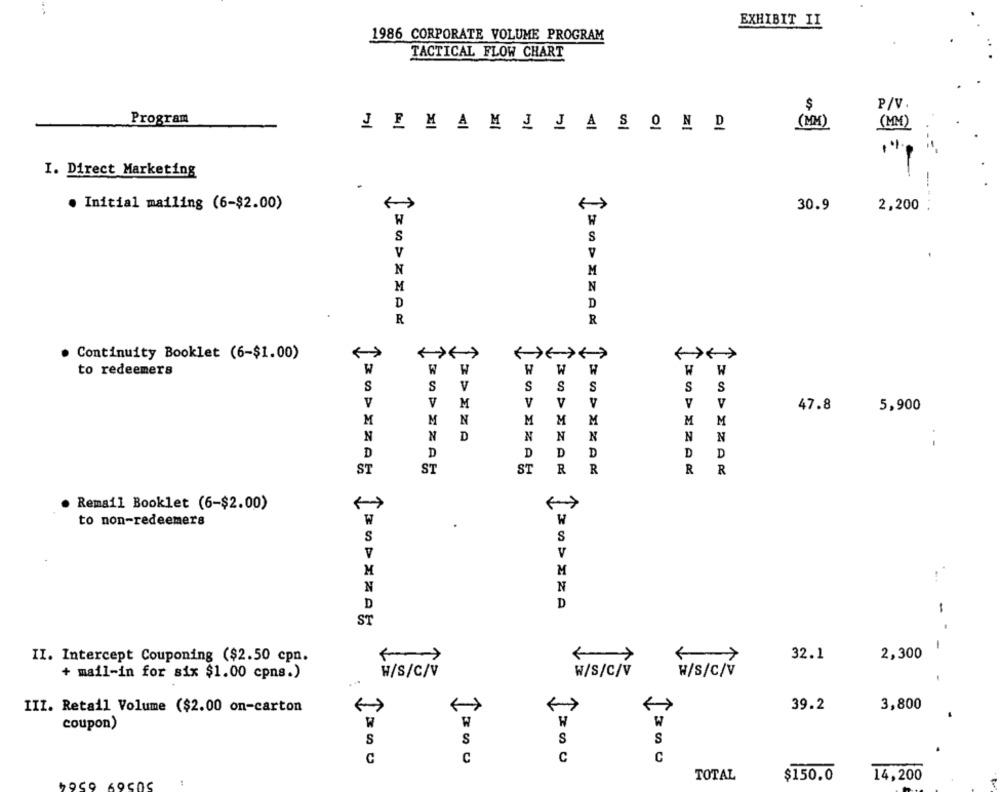
EXHIBIT II
1986 CORPORATE VOLUME PROGRAM
TACTICAL FLOW CHART
P/V.
$
Program
JEMAMJJASOND
(MM)
(MM)
I. Direct Marketing
. Initial mailing (6-$2.00)
30.9
2,200
W
S
S
V
N
M
M
N
D
D
R
R
· Continuity Booklet (6-$1.00)
to redeemers
W
W
W
W
H
W
S
S
V
S
S
S
S
S
V
V
M
V
V
V
V
V
47.8
5,900
M
M
N
M
M
M
M
M
N
N
D
N
N
N
N
N
- -
D
D
D
D
D
D
D
ST
ST
ST
R
R
R
R
. Remail Booklet (6-$2.00)
to non-redeemers
S
S
V
M
M
N
N
D
D
-
ST
II. Intercept Couponing ($2.50 cpn.
32.1
2,300
W/S/C/V
W/S/C/V
W/S/C/V
+ mail-in for six $1.00 cpns.)
3,800
III. Retail Volume ($2.00 on-carton
39.2
W
TE
coupon)
W
W
S
S
S
S
1200
C
C
C
TOTAL
$150.0
14,200
1959 6950S